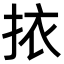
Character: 挔